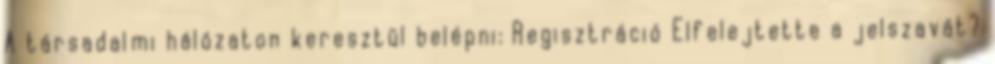
A társadalmi hálózaton keresztül belépni: Regisztráció Elfelejtette a jelszavát?